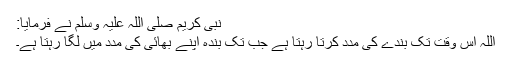
نبی کریم صلی اللہ علیہ وسلم نے فرمایا:
اللہ اس وقت تک بندے کی مدد کرتا رہتا ہے جب تک بندہ اپنے بھائی کی مدد میں لگا رہتا ہے۔